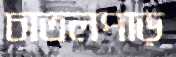
চাতলপাড়